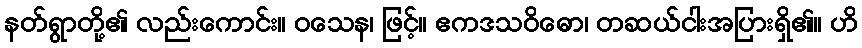
နတ်ရွာတို့၏ လည်းကောင်း။ ဝသေန၊ ဖြင့်။ ဧကဒသဝိဓော၊ တဆယ်ငါးအပြားရှိ၏။ ဟိ